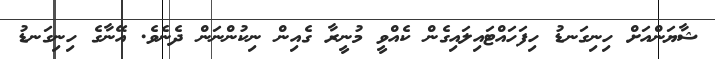
ޝާޔަންއަށް ހިނިގަނޑު ހިފަހައްޓައިލައިގެން ކެއްވީ މުނީރާ ގެއިން ނިކުންނަން ދެނެވެ. އޭނާގެ ހިނިގަނޑު